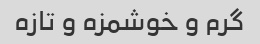
گرم و خوشمزه و تازه